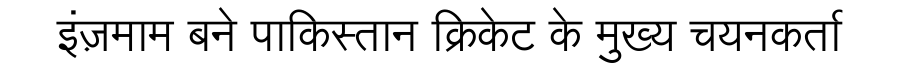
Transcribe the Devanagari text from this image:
इंज़माम बने पाकिस्तान क्रिकेट के मुख्य चयनकर्ता